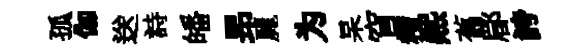
孤伽送詩皤昻麗为杲窅糟熈舊郿誇